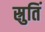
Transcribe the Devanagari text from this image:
स्रुतिं